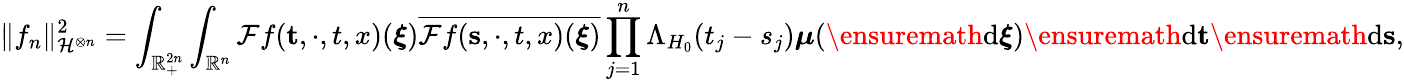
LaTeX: \Vert f_{n}\Vert_{\mathcal{H}^{\otimes n}}^{2}=\int_{\mathbb{R}_{+}^{2n}}\int_{\mathbb{R}^{n}}\mathcal{F}f(\mathbf{t},\cdot,t,x)(\boldsymbol\xi)\overline{{\mathcal{F}f(\mathbf{s},\cdot,t,x)(\boldsymbol\xi)}}\prod_{j=1}^{n}\Lambda_{H_{0}}(t_{j}-s_{j})\boldsymbol\mu(\ensuremath{\mathrm{d}}\boldsymbol\xi)\ensuremath{\mathrm{d}}\mathbf{t}\ensuremath{\mathrm{d}}\mathbf{s},